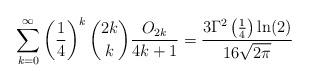
LaTeX: \begin{align*} \sum_{k=0}^{\infty} \left( \frac{1}{4} \right)^{k} \binom{2k}{k} \frac{O_{2k}}{4k+1} = \frac{3 \Gamma^{2}\left( \frac{1}{4} \right) \ln(2) }{16 \sqrt{2\pi}} \end{align*}